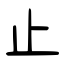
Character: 止